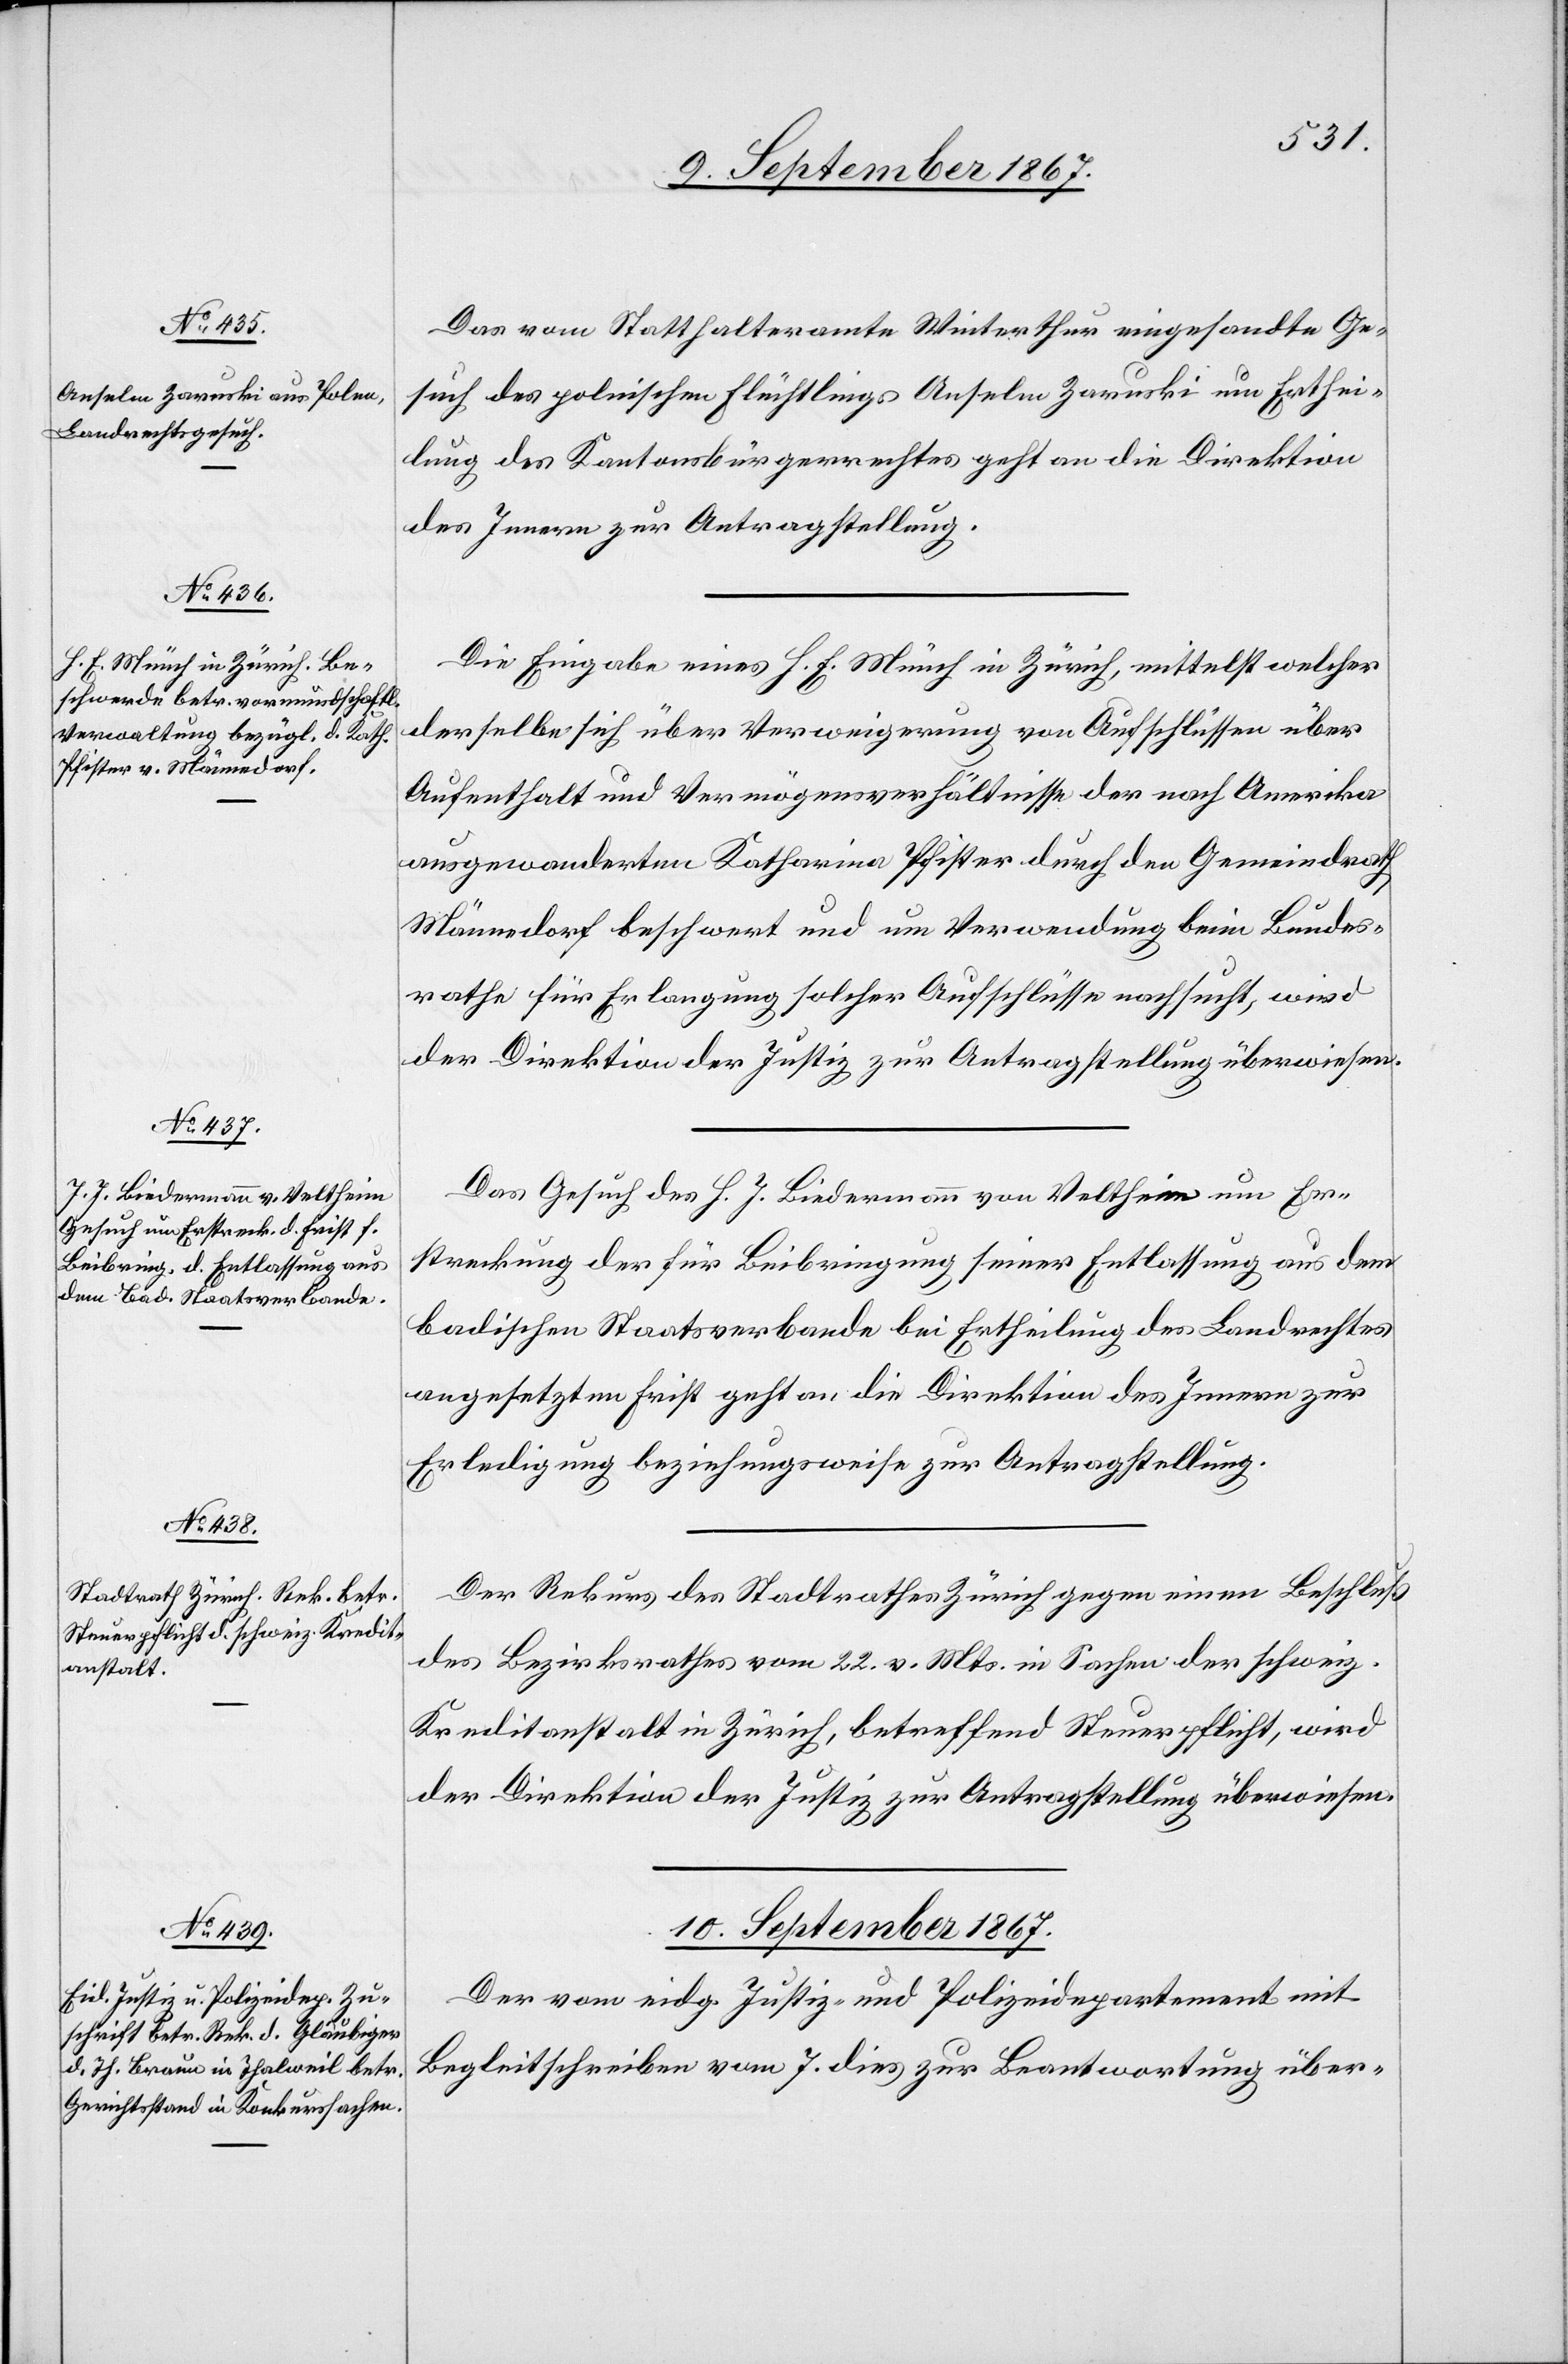
9. September 1867.]
Das vom Statthalteramte Winterthur eingesandte Ge¬
such des polnischen Flüchtlings Anselm Zaruski um Erthei¬
lung des Kantonsbürgerrechtes geht an die Direktion
des Innern zur Antragstellung.
Die Eingabe eines H. E. Münch in Zürich, mittelst welcher
derselbe sich über Verweigerung von Aufschlüssen über
Aufenthalt und Vermögensverhältnisse der nach Amerika
ausgewanderten Katharina Pfister durch den Gemeindrath
Männedorf beschwert und um Verwendung beim Bundes¬
rathe für Erlangung solcher Aufschlüsse nachsucht, wird
der Direktion der Justiz zur Antragstellung überwiesen.
Das Gesuch des H. J. Biedermann von Veltheim um Er¬
streckung der für Beibringung seiner Entlassung aus dem
badischen Staatsverbande bei Ertheilung des Landrechtes
angesetzten Frist geht an die Direktion des Innern zur
Erledigung beziehungsweise zur Antragstellung.
Der Rekurs des Stadtrathes Zürich gegen einen Beschluß
des Bezirksrathes vom 22. v. Mts. in Sachen der schweiz.
Kreditanstalt in Zürich, betreffend Steuerpflicht, wird
der Direktion der Justiz zur Antragstellung überwiesen.
10. September 1867.
Der vom eidg. Justiz- und Polizeidepartement mit
Begleitschreiben vom 7. dies zur Beantwortung über-